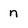
Character: n